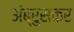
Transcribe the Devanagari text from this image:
अंब्रुसकर